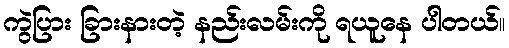
ကွဲပြား ခြားနားတဲ့ နည်းလမ်းကို ရယူနေ ပါတယ်။